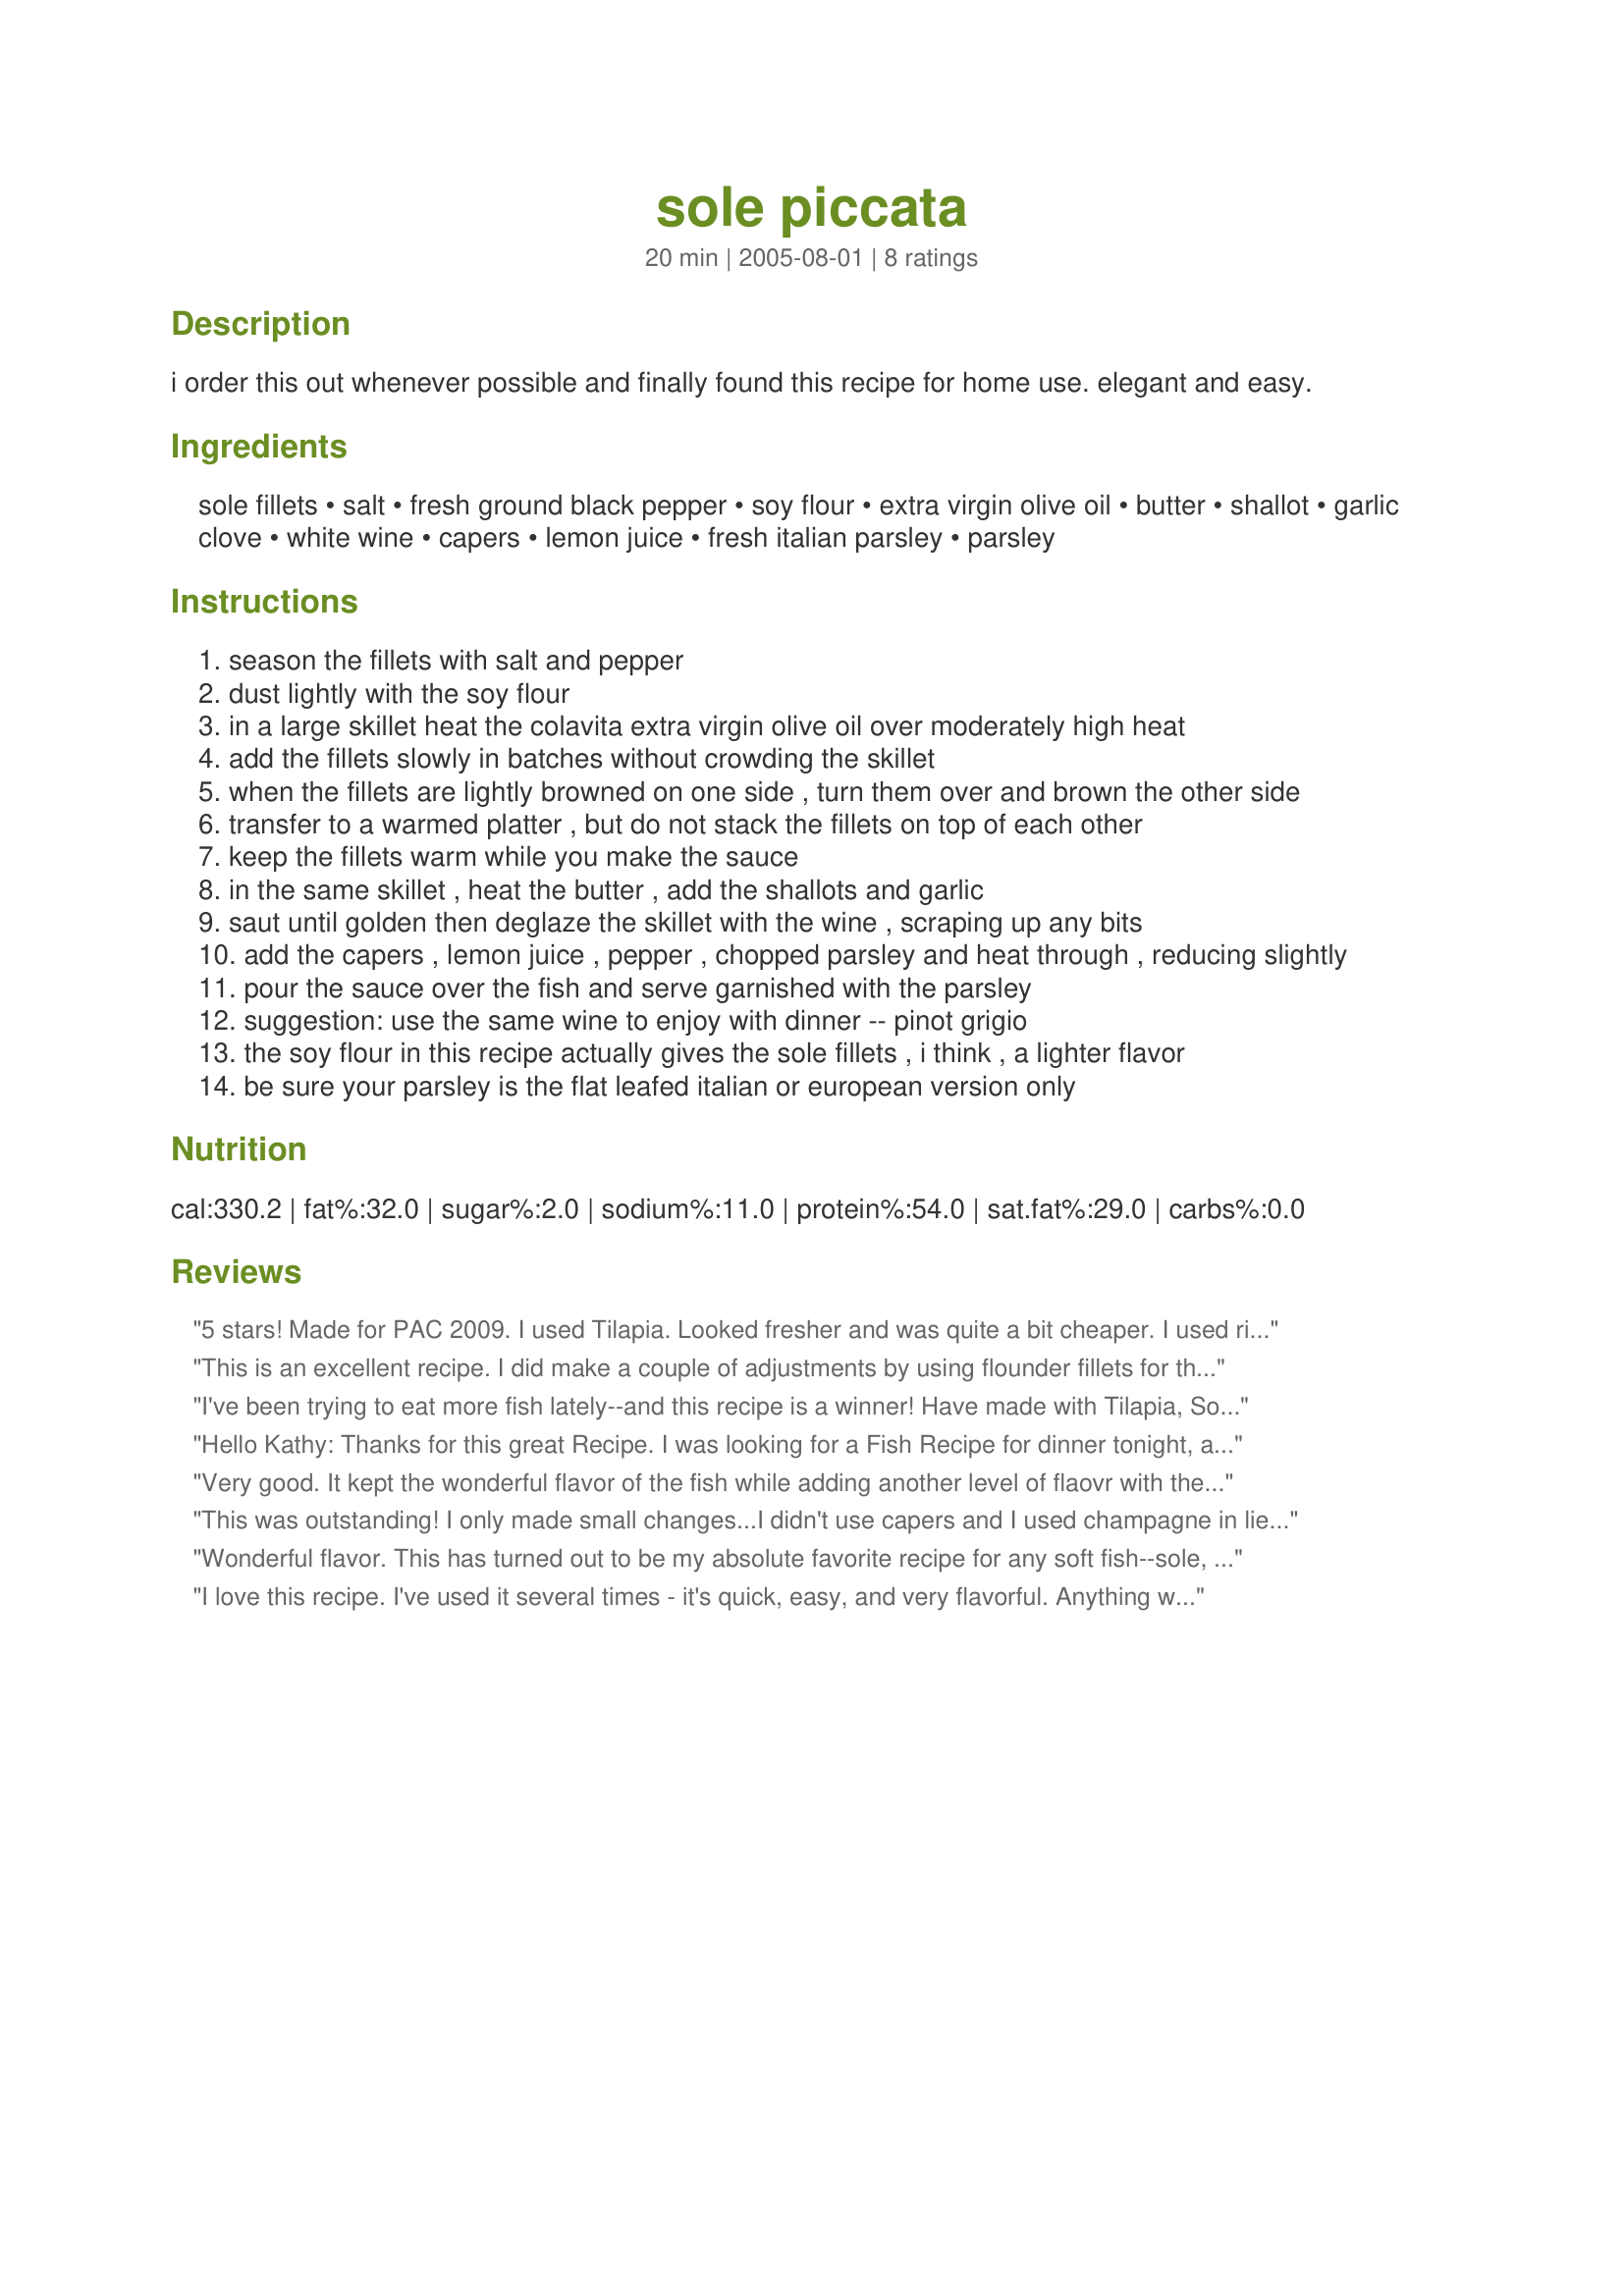
sole piccata
Preparation time: 20 minutes

i order this out whenever possible and finally found this recipe for home use. elegant and easy.

Ingredients:
sole fillets, salt, fresh ground black pepper, soy flour, extra virgin olive oil, butter, shallot, garlic clove, white wine, capers, lemon juice, fresh italian parsley, parsley

Steps:
season the fillets with salt and pepper
dust lightly with the soy flour
in a large skillet heat the colavita extra virgin olive oil over moderately high heat
add the fillets slowly in batches without crowding the skillet
when the fillets are lightly browned on one side , turn them over and brown the other side
transfer to a warmed platter , but do not stack the fillets on top of each other
keep the fillets warm while you make the sauce
in the same skillet , heat the butter , add the shallots and garlic
saut until golden then deglaze the skillet with the wine , scraping up any bits
add the capers , lemon juice , pepper , chopped parsley and heat through , reducing slightly
pour the sauce over the fish and serve garnished with the parsley
suggestion: use the same wine to enjoy with dinner -- pinot grigio
the soy flour in this recipe actually gives the sole fillets , i think , a lighter flavor
be sure your parsley is the flat leafed italian or european version only

Reviews:
5 stars! Made for PAC 2009.
I used Tilapia. Looked fresher and was quite a bit cheaper. I used rice flour for the dusting, which I use quite a bit and White Vermouth for the wine.I use it in all recipes calling for white wine. This recipe is a KEEPER. Thanks.
This is an excellent recipe. I did make a couple of adjustments by using flounder fillets for the fish and chicken stock in place of the wine. The flour was a brown rice blend. It was served with a wild rice blend and steamed broccoli for a wonderfully quick meal.
I've been trying to eat more fish lately--and this recipe is a winner! Have made with Tilapia, Sole, and cod--all great thnx for sharing! :D
Hello Kathy:
Thanks for this great Recipe. I was looking for a Fish Recipe for dinner tonight, and I wanted something Light. Well this recipe fit the bill!! I made it per your directions, and I do agree that using soy flour gave it a much lighter flavor. I have always loved Chichen Piccata, and I never thought to do the same with fish! What a great dish!!
Very good. It kept the wonderful flavor of the fish while adding another level of flaovr with the sauce. Thanks!!!
This was outstanding! I only made small changes...I didn't use capers and I used champagne in lieu of white wine. The family loved it!!
Wonderful flavor. This has turned out to be my absolute favorite recipe for any soft fish--sole, tilapia, red snapper, you name it. Champagne can be used instead of white wine for an extra touch of elegance. My only complaint is that there's not enough sauce! I normally double it and use most of that--but I'm also an overuser of sauces and condiments in general. Thanks KathyRose! This recipe has become one of my staples and never fails to impress guests.
I love this recipe. I've used it several times - it's quick, easy, and very flavorful. Anything with capers and lemon, and I'm sold! Thanks for the recipe!
